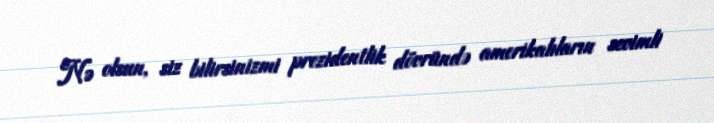
Nə olsun, siz bilirsinizmi prezidentlik dövründə amerikalıların sevimli